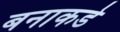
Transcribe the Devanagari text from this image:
बनाकडे